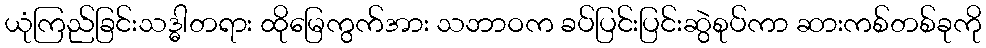
ယုံကြည်ခြင်းသဒ္ဓါတရား ထိုမြေကွက်အား သဘာဝက ခပ်ပြင်းပြင်းဆွဲစုပ်ကာ ဆားကစ်တစ်ခုကို